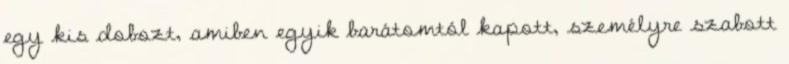
egy kis dobozt, amiben egyik barátomtól kapott, személyre szabott